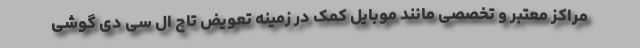
مراکز معتبر و تخصصی مانند موبایل کمک در زمینه تعویض تاچ ال سی دی گوشی